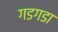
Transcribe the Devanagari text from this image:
गडगडा